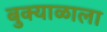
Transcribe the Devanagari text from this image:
बुक्याळाला